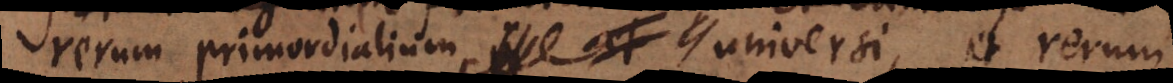
rerum primordialium universi, et rerum